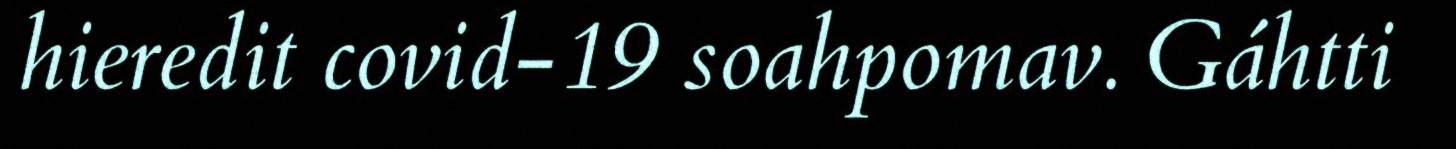
hieredit covid-19 soahpomav. Gáhtti